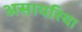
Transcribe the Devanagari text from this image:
असायरिया